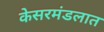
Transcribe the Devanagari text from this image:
केसरमंडलात